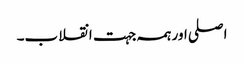
اصلی اور ہمہ جہت انقلاب۔